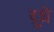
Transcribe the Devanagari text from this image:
दुधे